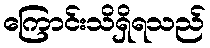
ကြောင်းသိရှိရသည်